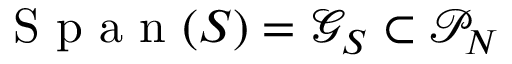
\mathrm { ~ S ~ p ~ a ~ n ~ } ( S ) = \mathcal G _ { S } \subset \mathcal P _ { N }